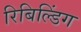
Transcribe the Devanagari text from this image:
रिबिल्डिंग